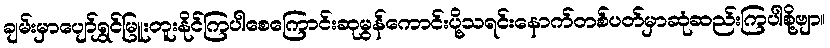
ချမ်းမှာပျော်ရွှင်မြူးတူးနိုင်ကြပါစေကြောင်းဆုမွန်ကောင်းပို့သရင်းနောက်တစ်ပတ်မှာဆုံဆည်းကြပါစို့ဗျာ။